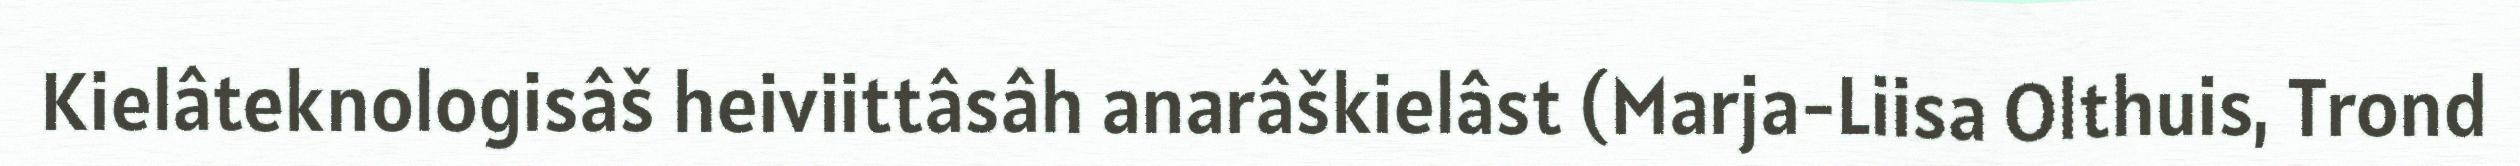
Kielâteknologisâš heiviittâsâh anarâškielâst (Marja-Liisa Olthuis, Trond